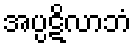
အပ္ပဋိလာဘံ